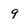
Character: 9